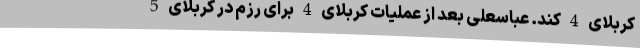
کربلای 4 کند. عباسعلی بعد از عملیات کربلای 4 برای رزم در کربلای 5